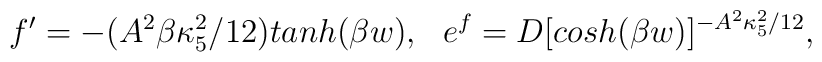
f^{\prime}=-(A^2\beta\kappa^2_5/12) tanh(\beta w),~~e^f=D[cosh(\beta w)]^{-A^2\kappa^2_5/12},